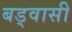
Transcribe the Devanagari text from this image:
बड्वासी